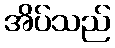
အိပ်သည်